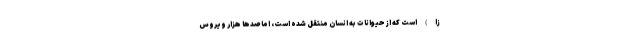
­زا) است که از حیوانات به انسان منتقل شده است، اما صدها هزار ویروس